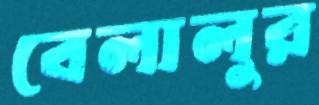
বেলালুর